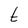
Character: t